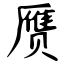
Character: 赝